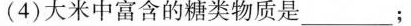
(4)大米中富含的糖类物质是___；